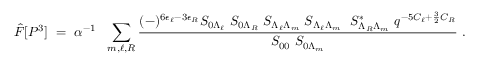
{ \hat { F } } [ P ^ { 3 } ] ~ = ~ { \alpha } ^ { - 1 } ~ ~ \sum _ { m , \ell , R } { \frac { ( - ) ^ { 6 \epsilon _ { \ell } - 3 \epsilon _ { R } } { S _ { 0 \Lambda _ { \ell } } ~ S _ { 0 \Lambda _ { R } } ~ S _ { \Lambda _ { \ell } \Lambda _ { m } } ~ S _ { \Lambda _ { \ell } \Lambda _ { m } } ~ ~ S _ { \Lambda _ { R } \Lambda _ { m } } ^ { * } ~ q ^ { - 5 C _ { \ell } + { \frac { 3 } { 2 } } C _ { R } } } } { S _ { 0 0 } ~ S _ { 0 \Lambda _ { m } } } } ~ .